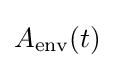
\displaystyle A_{\text{env}}(t)